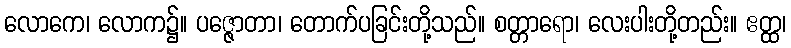
လောကေ၊ လောက၌။ ပဇ္ဇောတာ၊ တောက်ပခြင်းတို့သည်။ စတ္တာရော၊ လေးပါးတို့တည်း။ ဧတ္ထ၊